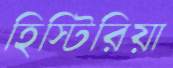
হিস্টিরিয়া